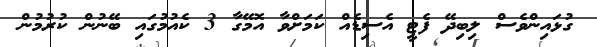
ގުޅައިންވެސް ލިބިދޭ ފެޓީ އެސިޑެއް ކަމަށްވާ އޮމޭގާ 3 ކެއުމުގައި ބޭނުން ކުރުމުން